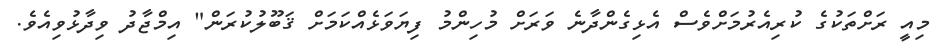
މިއީ ރަށްތަކުގެ ކުރިއެރުމަށްވެސް އެޅިގެންދާނެ ވަރަށް މުހިންމު ފިޔަވަޅެއްކަމަށް ޤަބޫލުކުރަން" އިމްޖާދު ވިދާޅުވިއެވެ.